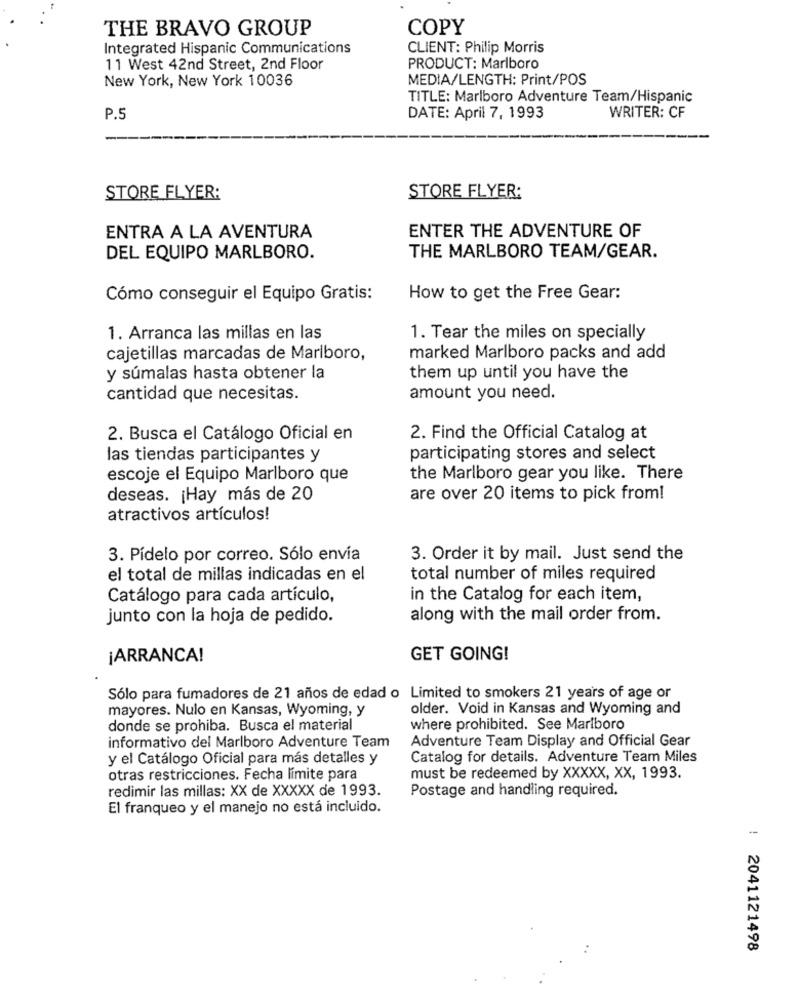
THE BRAVO GROUP
COPY
Integrated Hispanic Communications
CLIENT: Philip Morris
11 West 42nd Street, 2nd Floor
PRODUCT: Marlboro
New York, New York 10036
MEDIA/LENGTH: Print/POS
TITLE: Marlboro Adventure Team/Hispanic
WRITER: CF
P.5
DATE: April 7, 1993
STORE FLYER:
STORE FLYER:
ENTRA A LA AVENTURA
ENTER THE ADVENTURE OF
DEL EQUIPO MARLBORO.
THE MARLBORO TEAM/GEAR.
Cómo conseguir el Equipo Gratis:
How to get the Free Gear:
1. Arranca las millas en las
1. Tear the miles on specially
cajetillas marcadas de Marlboro,
marked Marlboro packs and add
y súmalas hasta obtener la
them up until you have the
cantidad que necesitas.
amount you need.
2. Busca el Catálogo Oficial en
2. Find the Official Catalog at
las tiendas participantes y
participating stores and select
escoje el Equipo Marlboro que
the Marlboro gear you like. There
deseas. ¡ Hay más de 20
are over 20 items to pick from!
atractivos artículos!
3. Pídelo por correo. Sólo envía
3. Order it by mail. Just send the
el total de millas indicadas en el
total number of miles required
Catálogo para cada artículo,
in the Catalog for each item,
junto con la hoja de pedido.
along with the mail order from.
¡ARRANCA!
GET GOING!
Sólo para fumadores de 21 años de edad o Limited to smokers 21 years of age or
mayores. Nulo en Kansas, Wyoming, y
older. Void in Kansas and Wyoming and
donde se prohiba. Busca el material
where prohibited. See Marlboro
informativo del Marlboro Adventure Team
Adventure Team Display and Official Gear
y el Catálogo Oficial para más detalles y
Catalog for details. Adventure Team Miles
otras restricciones. Fecha límite para
must be redeemed by XXXXX, XX, 1993.
redimir las millas: XX de XXXXX de 1993.
Postage and handling required.
El franqueo y el manejo no está incluido.
: 2041121498